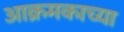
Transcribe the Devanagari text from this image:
आक्रमकाच्या